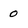
Character: 0